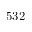
5 3 2